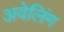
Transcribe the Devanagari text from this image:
अवेलिंग